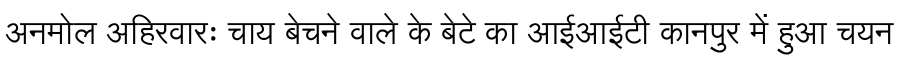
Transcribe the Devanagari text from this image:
अनमोल अहिरवारः चाय बेचने वाले के बेटे का आईआईटी कानपुर में हुआ चयन